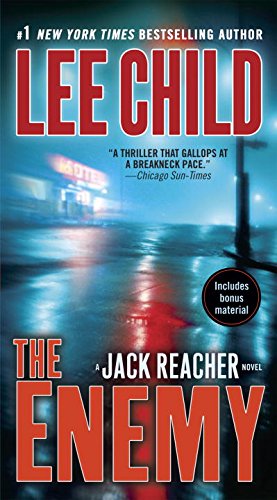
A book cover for The Enemy (Jack Reacher); Lee Child; Mystery, Thriller & Suspense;